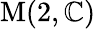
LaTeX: \operatorname{M}(2,\mathbb{C})